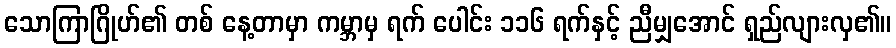
သောကြာဂြိုဟ်၏ တစ် နေ့တာမှာ ကမ္ဘာမှ ရက် ပေါင်း ၁၁၆ ရက်နှင့် ညီမျှအောင် ရှည်လျားလှ၏။